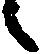
候